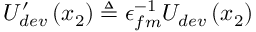
U _ { d e v } ^ { \prime } \left( x _ { 2 } \right) \triangleq \epsilon _ { f m } ^ { - 1 } U _ { d e v } \left( x _ { 2 } \right)